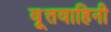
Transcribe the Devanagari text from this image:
वृ्त्तवाहिनी